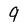
Character: 9